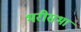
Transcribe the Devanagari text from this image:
भरीसभा